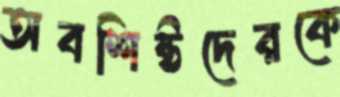
অবশিষ্টদেরকে